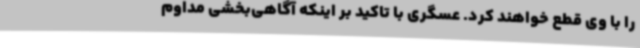
را با وی قطع خواهند کرد. عسگری با تاکید بر اینکه آگاهی‌بخشی مداوم